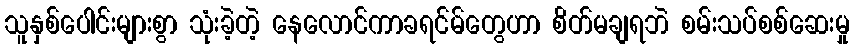
သူနှစ်ပေါင်းများစွာ သုံးခဲ့တဲ့ နေလောင်ကာခရင်မ်တွေဟာ စိတ်မချရဘဲ စမ်းသပ်စစ်ဆေးမှု